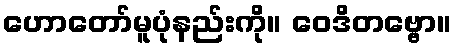
ဟောတော်မူပုံနည်းကို။ ဝေဒိတဗ္ဗော။